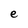
Character: e